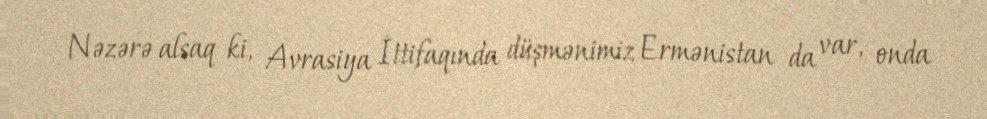
Nəzərə alsaq ki, Avrasiya İttifaqında düşmənimiz Ermənistan da var, onda